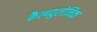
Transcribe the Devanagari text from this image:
कैल्व्युलेनिक